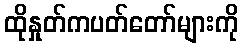
ထိုနှုတ်ကပတ်တော်များကို